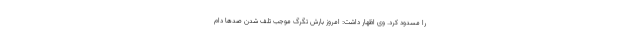
را مسدود کرد. وی اظهار داشت: امروز بارش تگرگ موجب تلف شدن صدها دام